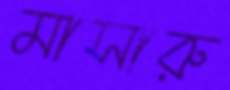
মাসারু